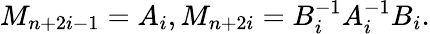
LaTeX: M_{n+2i-1}=A_{i},M_{n+2i}=B_{i}^{-1}A_{i}^{-1}B_{i}.